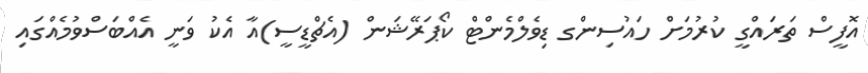
އޮފީސް ތަރައްގީ ކުރުމަށް ހައުސިންގ ޑިވެލްމެންޓް ކޯޕަރޭޝަން (އެޗްޑީސީ)އާ އެކު ވަނީ އެއްބަސްވުމެއްގައި